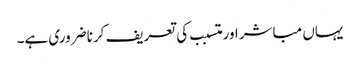
یہاں مباشر اور متسبب کی تعریف کرنا ضروری ہے۔